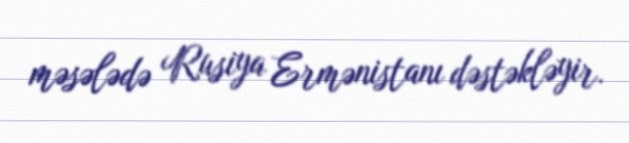
məsələdə Rusiya Ermənistanı dəstəkləyir.